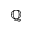
\mathbb { Q }